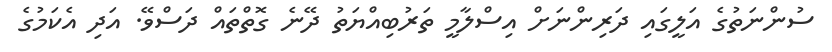
ސުންނަތުގެ އަލީގައި ދަރިންނަށް އިސްލާމީ ތަރުބިއްޔަތު ދޭނެ ގޮތްތައް ދަސްވޭ. އަދި އެކަމުގެ